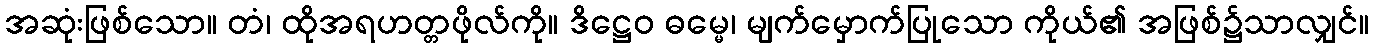
အဆုံးဖြစ်သော။ တံ၊ ထိုအရဟတ္တဖိုလ်ကို။ ဒိဋ္ဌေဝ ဓမ္မေ၊ မျက်မှောက်ပြုသော ကိုယ်၏ အဖြစ်၌သာလျှင်။